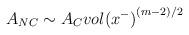
LaTeX: \begin{align*}A_{NC}\sim A_C {vol(x^-)}^{(m-2)/2}\end{align*}